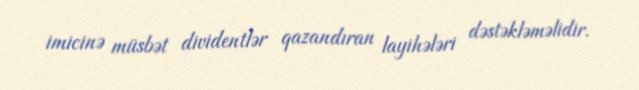
imicinə müsbət dividentlər qazandıran layihələri dəstəkləməlidir.